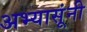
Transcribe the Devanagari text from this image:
अभ्यासूंनी